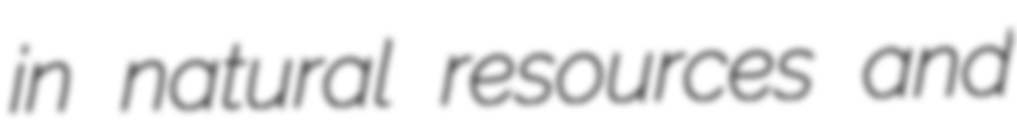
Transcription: in natural resources and